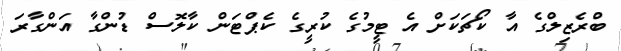
ބްރެޒިލްގެ އާ ކޯޗަކަށް އެ ޓީމުގެ ކުރީގެ ކެޕްޓަން ކާލޮސް ޑުންގާ އަންގާރަ